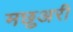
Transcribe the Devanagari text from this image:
मछुअरी